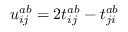
u _ { i j } ^ { a b } = 2 t _ { i j } ^ { a b } - t _ { j i } ^ { a b }